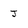
Character: J